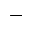
-